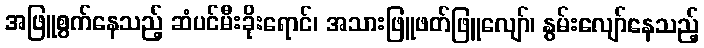
အဖြူစွက်နေသည့် ဆံပင်မီးခိုးရောင်၊ အသားဖြူဖတ်ဖြူလျော်၊ နွမ်းလျော်နေသည့်